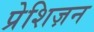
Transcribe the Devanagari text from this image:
प्रेशिज़न